Civil Veterinary Dept. Bombay admin report 1900-1906 - 1900-1906
Year: 1900
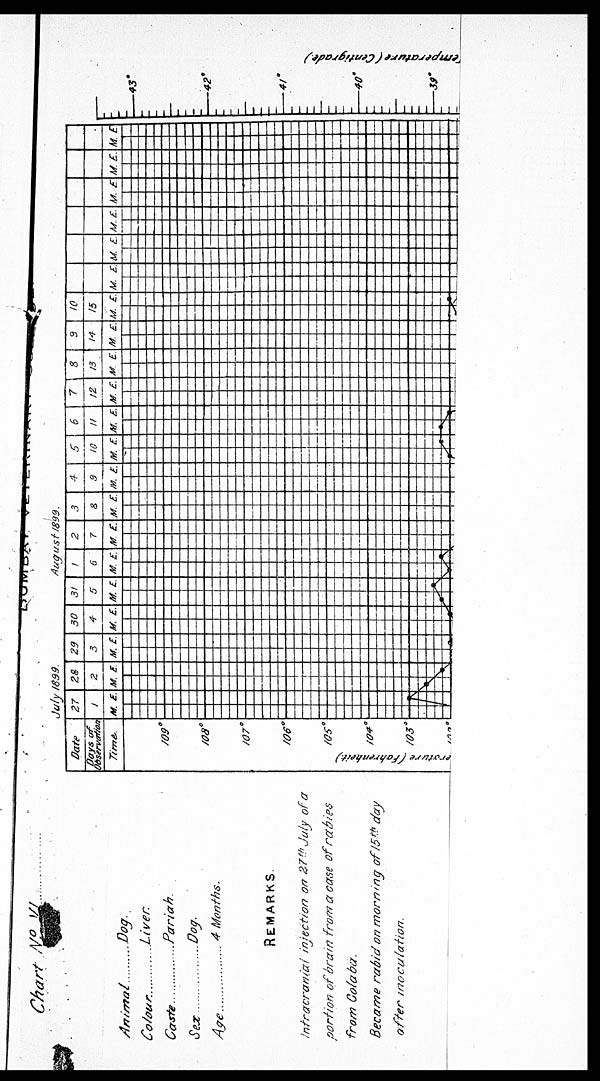
Chart No. VI
Animal......
Colour......
Caste ......
Sex......
Age......
Dog.
Liver
Pariah.
Dog.
4 Months.
REMARKS
Intracranial injection on 27 th July of a
portion of brain from a case of rabies
from Coloba.
Became rabid on morning of 15 th day
offer inoculation.